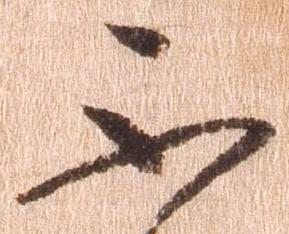
不